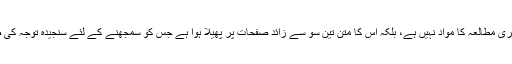
یہ کتاب سرسری مطالعہ کا مواد نہیں ہے، بلکہ اس کا متن تین سو سے زائد صفحات پر پھیلا ہوا ہے جس کو سمجھنے کے لئے سنجیدہ توجہ کی ضرورت ہے۔